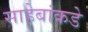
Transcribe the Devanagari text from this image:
साहेबांकडे